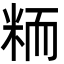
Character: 粫